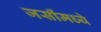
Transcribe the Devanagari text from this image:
जर्सीमध्ये